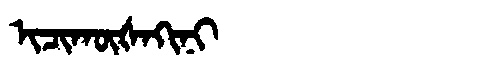
Manchu: ᡳᠴᡳᡴᡡᡧᠠᡴᡳᠨᡳ
Romanization: ICIKŪŠAKINI